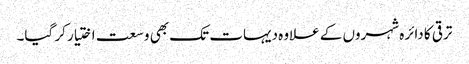
ترقی کا دائرہ شہروں کے علاوہ دیہات تک بھی وسعت اختیار کر گیا۔